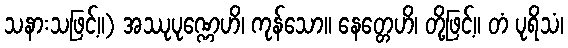
သနားသဖြင့်။) အဿုပုဏ္ဏေဟိ၊ ကုန်သော။ နေတ္တေဟိ၊ တို့ဖြင့်။ တံ ပုရိသံ၊